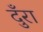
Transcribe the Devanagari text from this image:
दुँरा